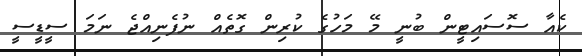
ކެއާ ސޮސައިޓީން ބުނީ މޭ މަހުގެ ކުރިން ގޮތެއް ނުފެނިއްޖެ ނަމަ ސީޑީސީ